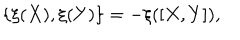
LaTeX: \{ \xi ( X ) , \xi ( Y ) \} = - \xi ( [ X , Y ] ) ,